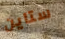
ستاين